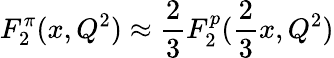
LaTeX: F_{2}^{\pi}(x,Q^{2})\approx\frac{2}{3}F_{2}^{p}(\frac{2}{3}x,Q^{2})